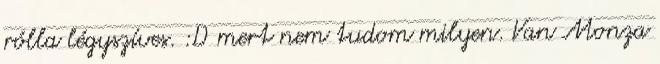
rólla légyszíves. :D mert nem tudom milyen. Van Monza